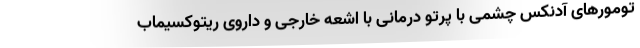
تومورهای آدنکس چشمی با پرتو درمانی با اشعه خارجی و داروی ریتوکسیماب